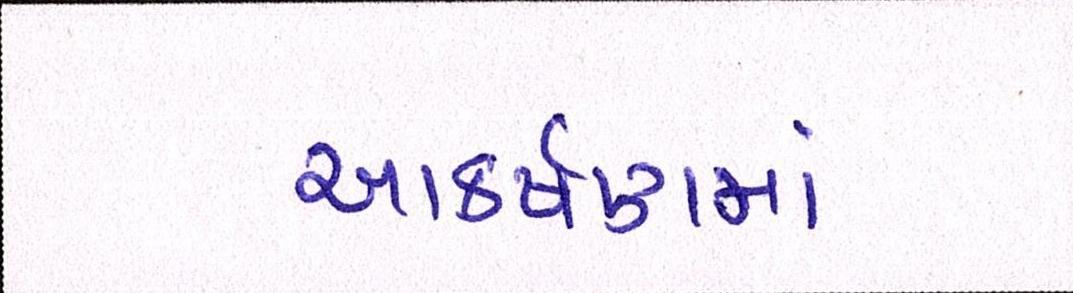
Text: આકર્ષણમાં